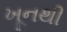
ખૂનથી